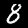
Label: 8